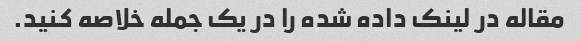
مقاله در لینک داده شده را در یک جمله خلاصه کنید.